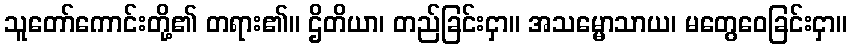
သူတော်ကောင်းတို့၏ တရား၏။ ဌိတိယာ၊ တည်ခြင်းငှာ။ အသမ္မောသာယ၊ မတွေဝေခြင်းငှာ။